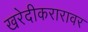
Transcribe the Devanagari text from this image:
खरेदीकरारावर